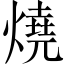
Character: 燒